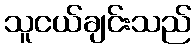
သူငယ်ချင်းသည်